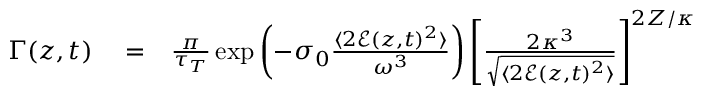
\begin{array} { r l r } { \Gamma ( z , t ) } & { { } = } & { \frac { \pi } { \tau _ { T } } \exp \left( - \sigma _ { 0 } \frac { \langle 2 \mathcal E ( z , t ) ^ { 2 } \rangle } { \omega ^ { 3 } } \right) \left[ \frac { 2 \kappa ^ { 3 } } { \sqrt { \langle 2 \mathcal E ( z , t ) ^ { 2 } \rangle } } \right] ^ { 2 Z / \kappa } } \end{array}